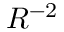
R ^ { - 2 }